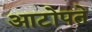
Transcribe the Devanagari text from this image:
आटोपते